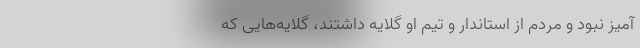
آمیز نبود و مردم از استاندار و تیم او گلایه داشتند، گلایه‌هایی که